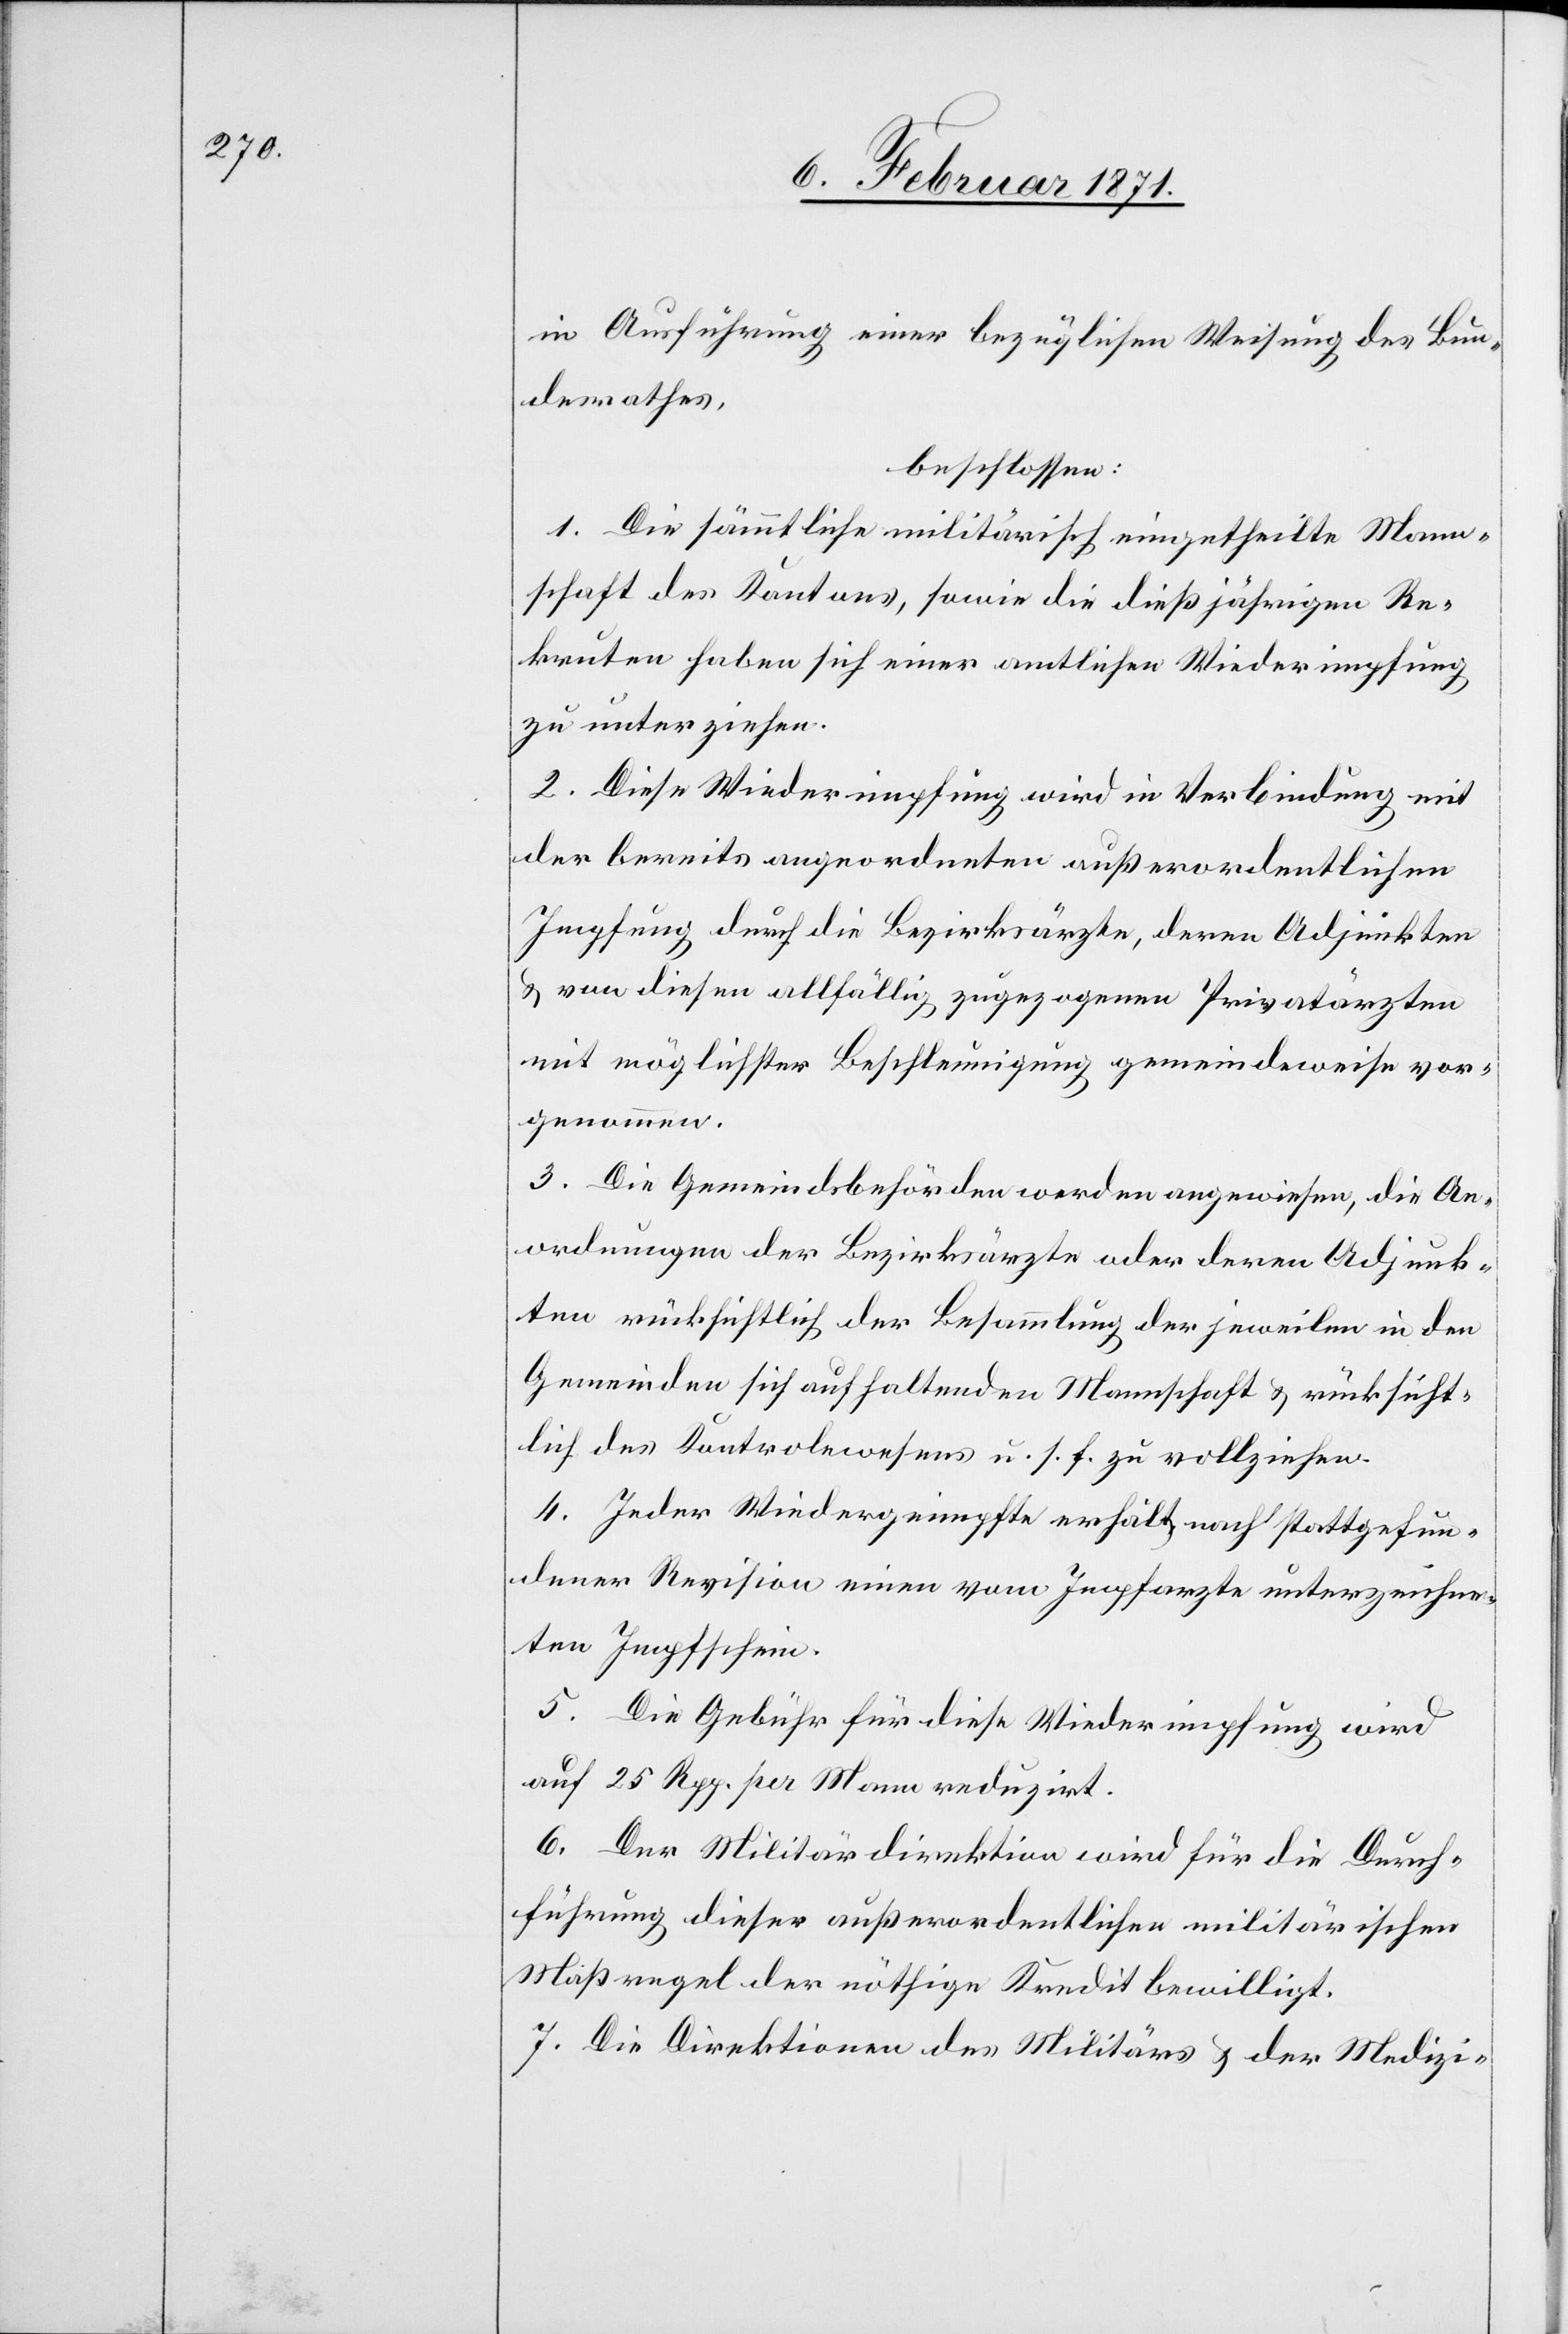
in Ausführung einer bezüglichen Weisung des Bun¬
desrathes,
beschlossen:
1. Die sämmtliche militärisch eingetheilte Mann¬
schaft des Kantons, sowie die dießjährigen Re¬
kruten haben sich einer amtlichen Wiederimpfung
zu unterziehen.
2. Diese Wiederimpfung wird in Verbindung mit
der bereits angeordneten außerordentlichen
Impfung durch die Bezirksärzte, deren Adjunkten
u. von diesen allfällig zugezogenen Privatärzten
mit möglichster Beschleunigung gemeindeweise vor¬
genommen.
3. Die Gemeindsbehörden werden angewiesen, die An¬
ordnung der Bezirksärzte oder deren Adjunk¬
ten rücksichtlich der Besammlung der jeweilen in den
Gemeinden sich aufhaltenden Mannschaft u. rücksicht¬
lich des Kontrolwesens u. s. f. zu vollziehen.
4. Jeder Wiedergeimpfte erhält nach stattgefun¬
dener Revision einen vom Impfarzte unterzeichne¬
ten Impfschein.
5. Die Gebühr für diese Wiederimpfung wird
auf 25. Rpp. per Mann reduzirt.
6. Der Militärdirektion wird für die Durch¬
führung dieser außerordentlichen militärischen
Maßregel der nöthige Kredit bewilligt.
7. Die Direktion des Militärs u. der Medizi-